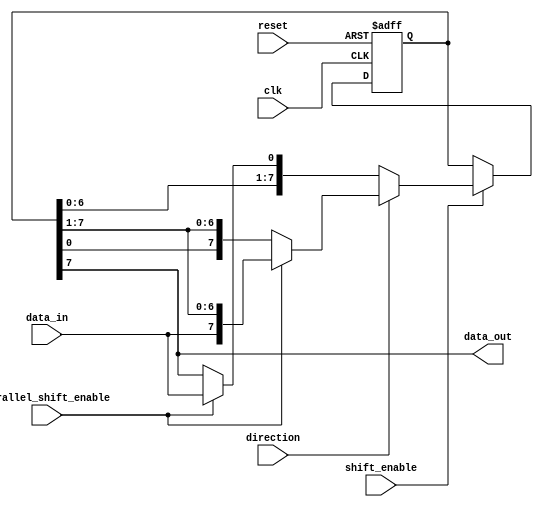
module UniversalShiftRegister (
    input wire clk,
    input wire reset,
    input wire shift_enable,
    input wire direction, // 0 for left shift, 1 for right shift
    input wire parallel_shift_enable, // 0 for serial shift, 1 for parallel shift
    input wire data_in,
    output reg data_out
);

reg [7:0] shift_reg;

always @(posedge clk or posedge reset) begin
    if (reset) begin
        shift_reg <= 8'b0;
    end else begin
        if (shift_enable) begin
            if (direction == 0) begin // left shift
                if (parallel_shift_enable) begin
                    shift_reg <= {shift_reg[6:0], data_in};
                end else begin
                    shift_reg <= {shift_reg[6:0], shift_reg[7]};
                end
            end else begin // right shift
                if (parallel_shift_enable) begin
                    shift_reg <= {data_in, shift_reg[7:1]};
                end else begin
                    shift_reg <= {shift_reg[0], shift_reg[7:1]};
                end
            end
        end else begin
            shift_reg <= shift_reg; // hold operation
        end
    end
end

assign data_out = shift_reg[7];

endmodule